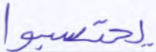
يحتسبوا